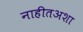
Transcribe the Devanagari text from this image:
नाहीतअशा